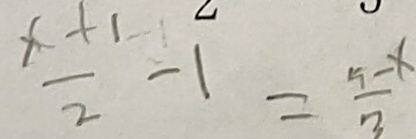
\frac { x + 1 } { 2 } - 1 = \frac { 5 - x } { 3 }